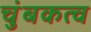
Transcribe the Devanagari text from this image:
चुंबकत्‍व